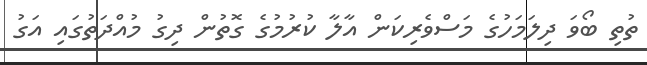
ތުތި ބޯވަ ދިލަމަހުގެ މަސްވެރިކަން އާލާ ކުރުމުގެ ގޮތުން ދިގު މުއްދަތުގައި އަގު